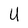
Character: U